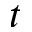
t